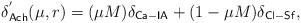
LaTeX: \begin{align*}\delta^{'}_{\mathsf{Ach}}(\mu,r) = (\mu M) \delta_{\mathsf{Ca-IA}} + (1 - \mu M)\delta_{\mathsf{Cl-Sf}},\end{align*}